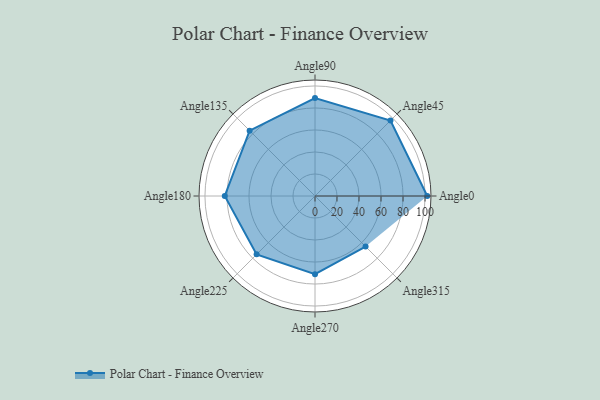
{"axis": {"x": "Angle", "y": "Radius"}, "legend": [""], "data": [{"x": "Angle0", "y": 102.0, "type": ""}, {"x": "Angle45", "y": 97.0, "type": ""}, {"x": "Angle90", "y": 89.0, "type": ""}, {"x": "Angle135", "y": 84.0, "type": ""}, {"x": "Angle180", "y": 82.0, "type": ""}, {"x": "Angle225", "y": 75.0, "type": ""}, {"x": "Angle270", "y": 71.0, "type": ""}, {"x": "Angle315", "y": 65.0, "type": ""}]}